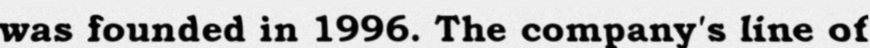
was founded in 1996. The company's line of